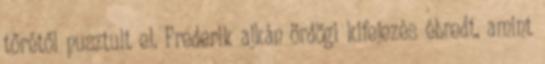
tőrétől pusztult el. Frederik ajkán ördögi kifejezés ébredt, amint